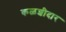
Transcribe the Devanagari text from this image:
कळशीदार